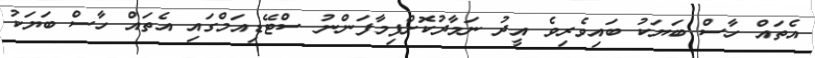
އެތައް ހާސް ބަޔަކު ބައިވެރިވެ އީދު ނަމާދުކޮށްފިމާފަންނު ސްޓޭޑިއަމްގައި އެތައް ހާސް ބަޔަކު